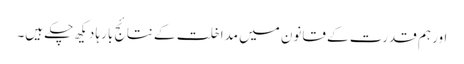
اور ہم قدرت کے قانون میں مداخلت کے نتائج بارہا دیکھ چکے ہیں۔